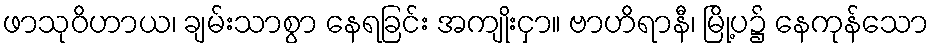
ဖာသုဝိဟာယ၊ ချမ်းသာစွာ နေရခြင်း အကျိုးငှာ။ ဗာဟိရာနီ၊ မြို့ပ၌ နေကုန်သော